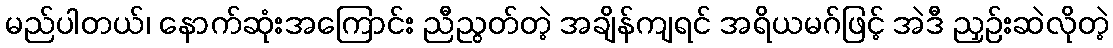
မည်ပါတယ်၊ နောက်ဆုံးအကြောင်း ညီညွတ်တဲ့ အချိန်ကျရင် အရိယမဂ်ဖြင့် အဲဒီ ညှဉ်းဆဲလိုတဲ့